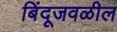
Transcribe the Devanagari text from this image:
बिंदूजवळील